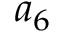
a _ { 6 }